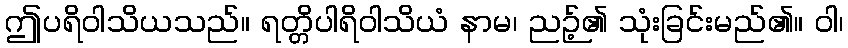
ဤပရိဝါသိယသည်။ ရတ္တိပါရိဝါသိယံ နာမ၊ ညဉ့်၏ သုံးခြင်းမည်၏။ ဝါ၊